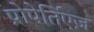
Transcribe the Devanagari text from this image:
प्रोपेर्तिएज़